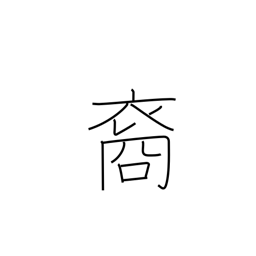
Meaning: descendant